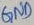
Text: GND